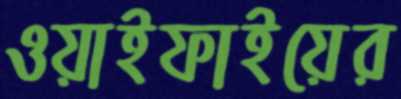
ওয়াইফাইয়ের